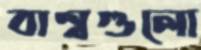
বাল্বগুলো